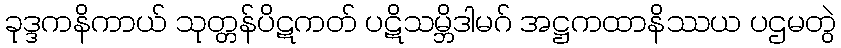
ခုဒ္ဒကနိကာယ် သုတ္တန်ပိဋကတ် ပဋိသမ္ဘိဒါမဂ် အဋ္ဌကထာနိဿယ ပဌမတွဲ